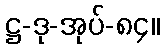
ဋ္ဌ-ဒု-အုပ်-၈၄။